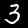
Label: 3